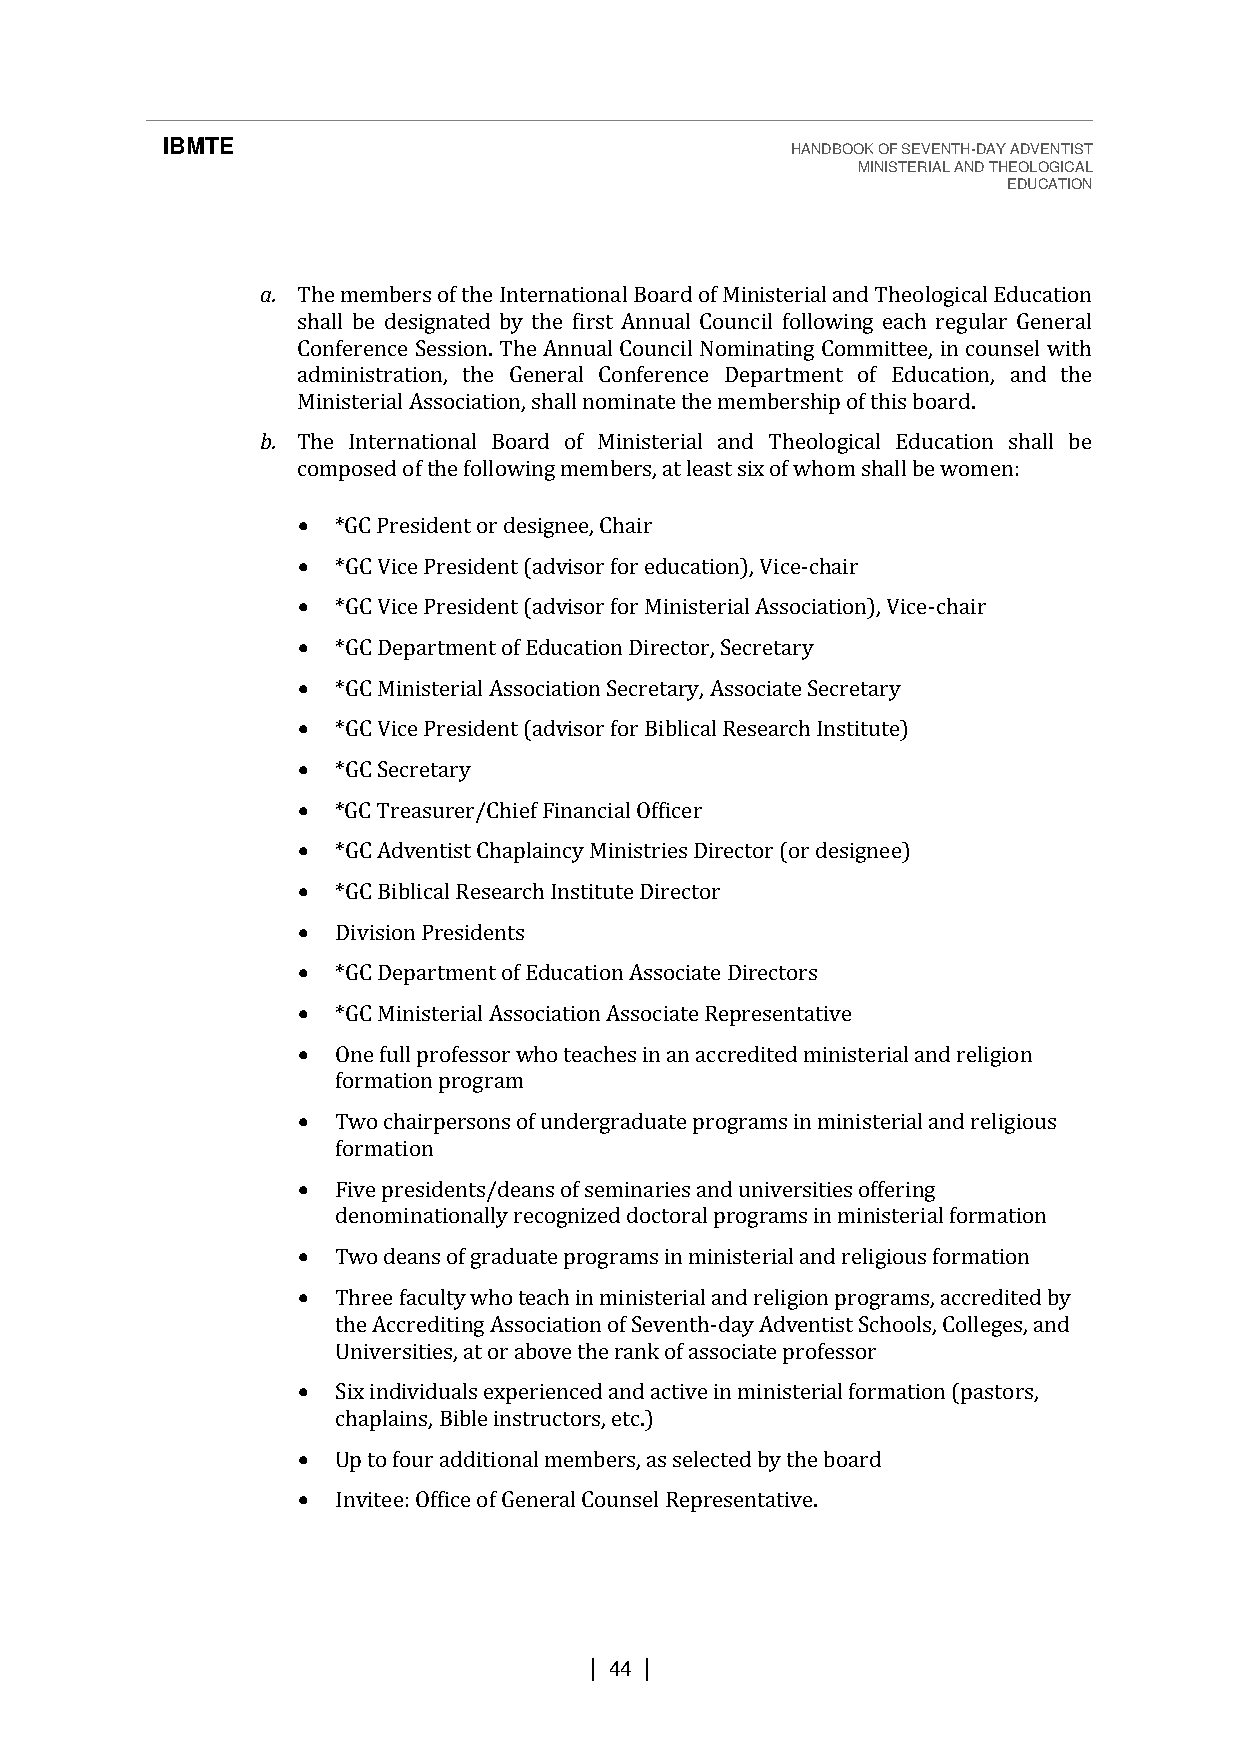
IBMTE                                    HANDBOOK OF SEVENTH-DAY ADVENTIST
 MINISTERIAL AND THEOLOGICAL
 EDUCATION
 a. The members of the International Board of Ministerial and Theological Education
 shall be designated by the first Annual Council following each regular General
 Conference Session. The Annual Council Nominating Committee, in counsel with
 administration, the General Conference Department of Education, and the
 Ministerial Association, shall nominate the membership of this board.
 b. The International Board of Ministerial and Theological Education shall be
 composed of the following members, at least six of whom shall be women:
 • *GC President or designee, Chair
 • *GC Vice President (advisor for education), Vice-chair
 • *GC Vice President (advisor for Ministerial Association), Vice-chair
 • *GC Department of Education Director, Secretary
 • *GC Ministerial Association Secretary, Associate Secretary
 • *GC Vice President (advisor for Biblical Research Institute)
 • *GC Secretary
 • *GC Treasurer/Chief Financial Officer
 • *GC Adventist Chaplaincy Ministries Director (or designee)
 • *GC Biblical Research Institute Director
 • Division Presidents
 • *GC Department of Education Associate Directors
 • *GC Ministerial Association Associate Representative
 • One full professor who teaches in an accredited ministerial and religion
 formation program
 • Two chairpersons of undergraduate programs in ministerial and religious
 formation
 • Five presidents/deans of seminaries and universities offering
 denominationally recognized doctoral programs in ministerial formation
 • Two deans of graduate programs in ministerial and religious formation
 • Three faculty who teach in ministerial and religion programs, accredited by
 the Accrediting Association of Seventh-day Adventist Schools, Colleges, and
 Universities, at or above the rank of associate professor
 • Six individuals experienced and active in ministerial formation (pastors,
 chaplains, Bible instructors, etc.)
 • Up to four additional members, as selected by the board
 • Invitee: Office of General Counsel Representative.
 | 44 |